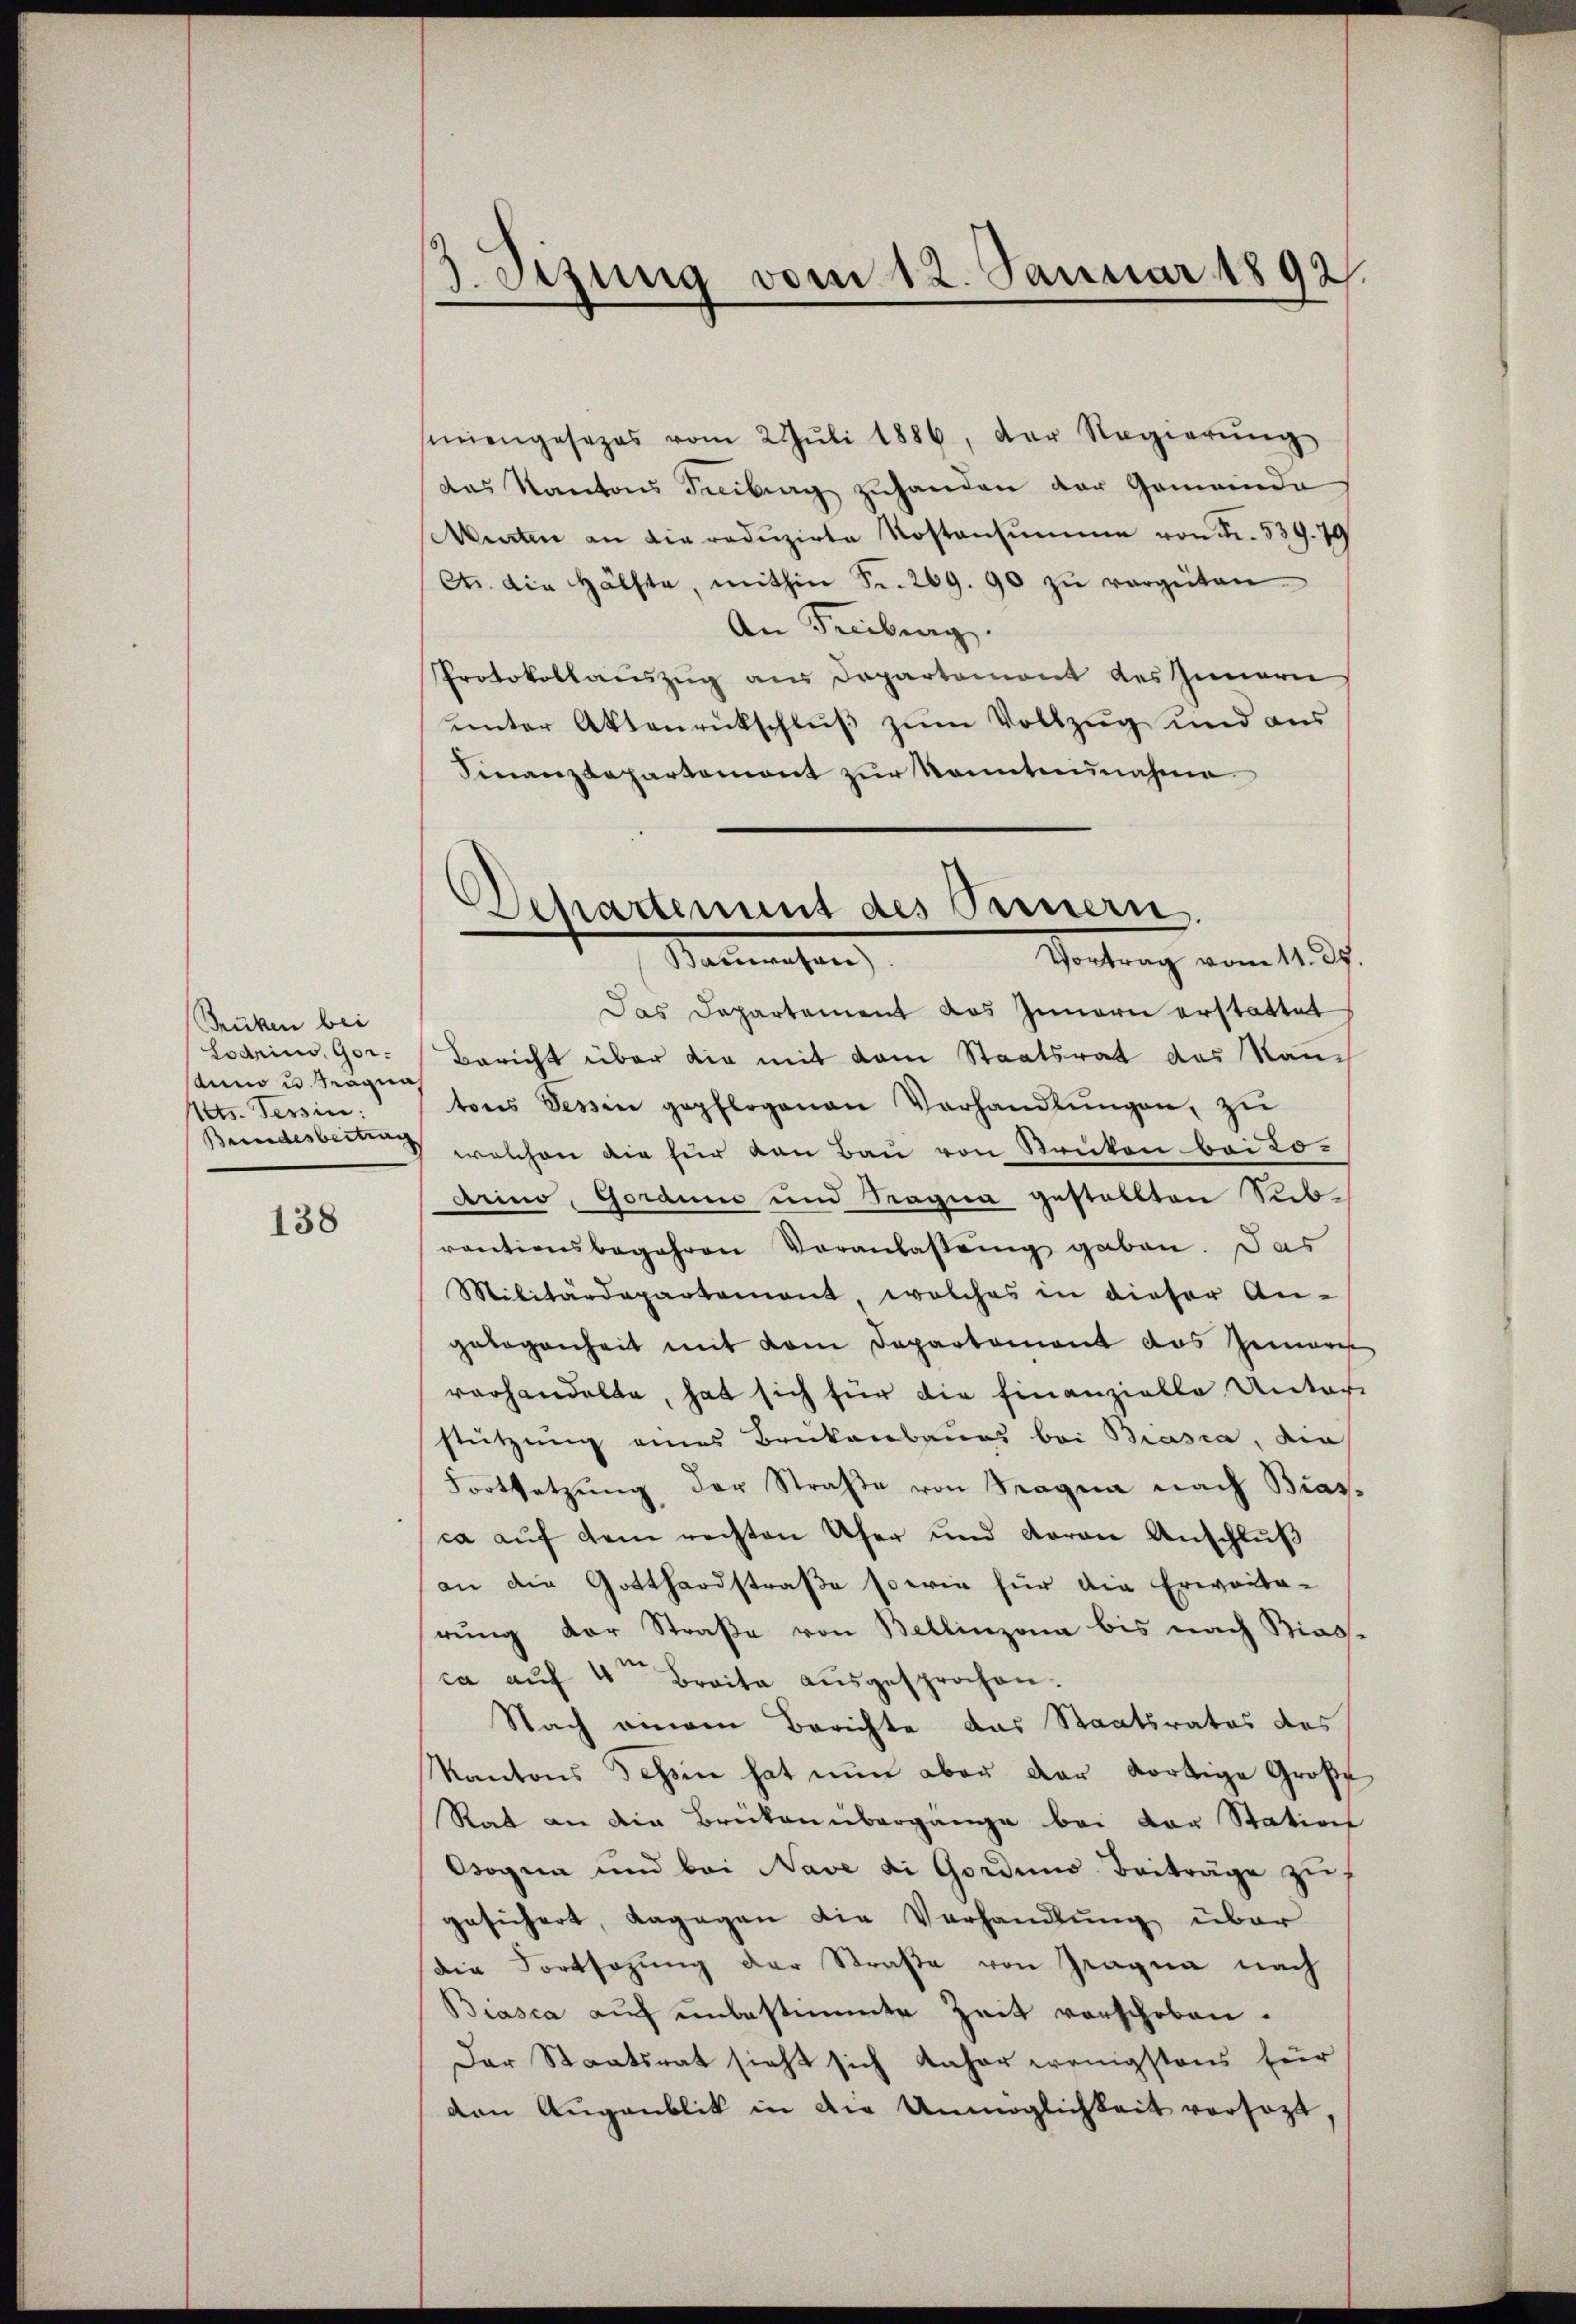
Brüken bei
Lodrius, Gordum u. Tragnah
Nets. Tessin:
Bundesbertrag

138

J.Sizung vom 12. Januar 1892.

semengesezes vom 2. Jŭli 1886, der Regierŭng
das Kantons Tribung zŭhanden der Gemeinde
Wenten an die redŭzirte Kostensumme von Fr. 539. 79
Ct. die Hälfte, mithin Fr. 269. 90 zŭ vergüten.
An Freiburg.
Protokollauszug aus Departemont des Innern
ŭnter Aktenrückschlŭβ zŭm Vollzŭg und aŭs
Finanzdepartement zŭr Kenntnunahme

Departement des Ternern.
Vortrag vom 11. 37.
Manwesen

Das Departement das Innern erstattet
Bericht über die mit dem Staatsrat des Rauc
tons Tessin gepflogenen Verhandlŭngen, zŭ
welchen die für von Bau von Renten bei 20.
Arino, Gorduns und Magna gestellten Sub
rantionsbegehren Veranlastung gaben. Das
Militärdepartement, welches in dieser An-
gelegenheit mit vom Departement das Gemarc
vorhandelte, hat sich für die Finanzielle Unter
stützung eines Brükenbaues bei Brasia, die
Fortsetzŭng der Straße von Tragna nach Bias-
ca auf dem rechten Ufer und daran Anschluß
an die Gotthardstraße sowie für die Erwarte-
rŭng der Straβe von Bellinzona bis nach Bias-
ca auf 4 Braite ausgesprochen.
Nach einem Berichte das Staatsrates des
Kantons Schön hat nŭn aber der dortige Große
Rat an die Brücken übergange bei der Station
Bogen und bei Nave di Gorduns Beiträge zuf
gesichert, dagegen die Verhandlung über
die Fortsazung der Straße von Tragna nach
Biasca auf unbestimmte Zeit vorschoben.
Der Staatsrat sieht sich daher wenigstens für
den Augenblik in die Unmöglichkeit versezt